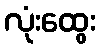
လုံးထွေး